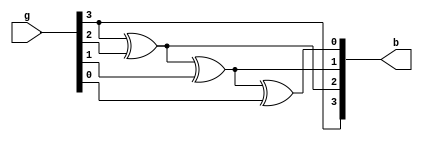
`timescale 1ns / 1ps

module gray_binar(g,b);
input [3:0] g;
output [3:0] b;
assign b[3]=g[3];
assign b[2]=b[3]^g[2];
assign b[1]=b[2]^g[1];
assign b[0]=b[1]^g[0];
endmodule

module test_gray2;
reg [3:0] g;
wire [3:0] b;

	initial begin
	    g =4'b111;
	end
	
    gray_binar conv(g, b);
endmodule